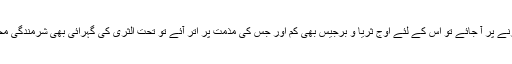
کسی کی تعریف کرنے پر آ جائے تو اس کے لئے اوجِ ثریا و برجیس بھی کم اور جس کی مذمت پر اتر آئے تو تحت الثریٰ کی گہرائی بھی شرمندگی محسوس کرنے لگے۔